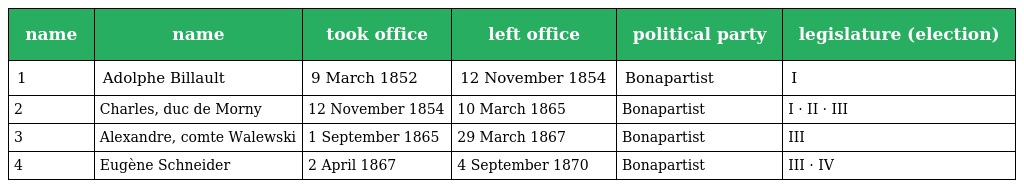
| name | name | took office | left office | political party | legislature (election) |
 | --- | --- | --- | --- | --- | --- |
 | 1 | Adolphe Billault | 9 March 1852 | 12 November 1854 | Bonapartist | I |
 | 2 | Charles, duc de Morny | 12 November 1854 | 10 March 1865 | Bonapartist | I · II · III |
 | 3 | Alexandre, comte Walewski | 1 September 1865 | 29 March 1867 | Bonapartist | III |
 | 4 | Eugène Schneider | 2 April 1867 | 4 September 1870 | Bonapartist | III · IV |